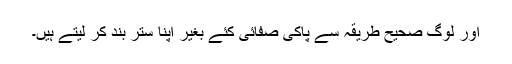
اور لوگ صحیح طریقہ سے پاکی صفائی کئے بغیر اپنا ستر بند کر لیتے ہیں۔